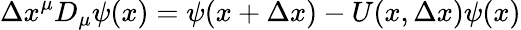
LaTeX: \Delta x^{\mu}D_{\mu}\psi(x)=\psi(x+\Delta x)-U(x,\Delta x)\psi(x)